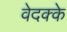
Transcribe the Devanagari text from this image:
वेदक्के